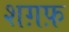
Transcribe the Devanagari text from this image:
शग़फ़